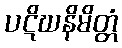
ပဋိဃနိမိတ္တံ